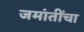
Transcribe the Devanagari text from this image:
जमांतींचा